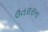
ઉતરાણના